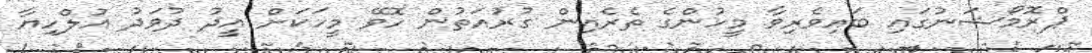
ޕްރޮމޯޝަނުގައި ބައިވެރިވާ މީހުންގެ ތެރެއިން ގުރުއަތުން ހޮވޭ މީހަކަށް އީދު ދުވަދު އުލްހިޔާ